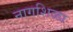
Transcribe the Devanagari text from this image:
नागशिळा